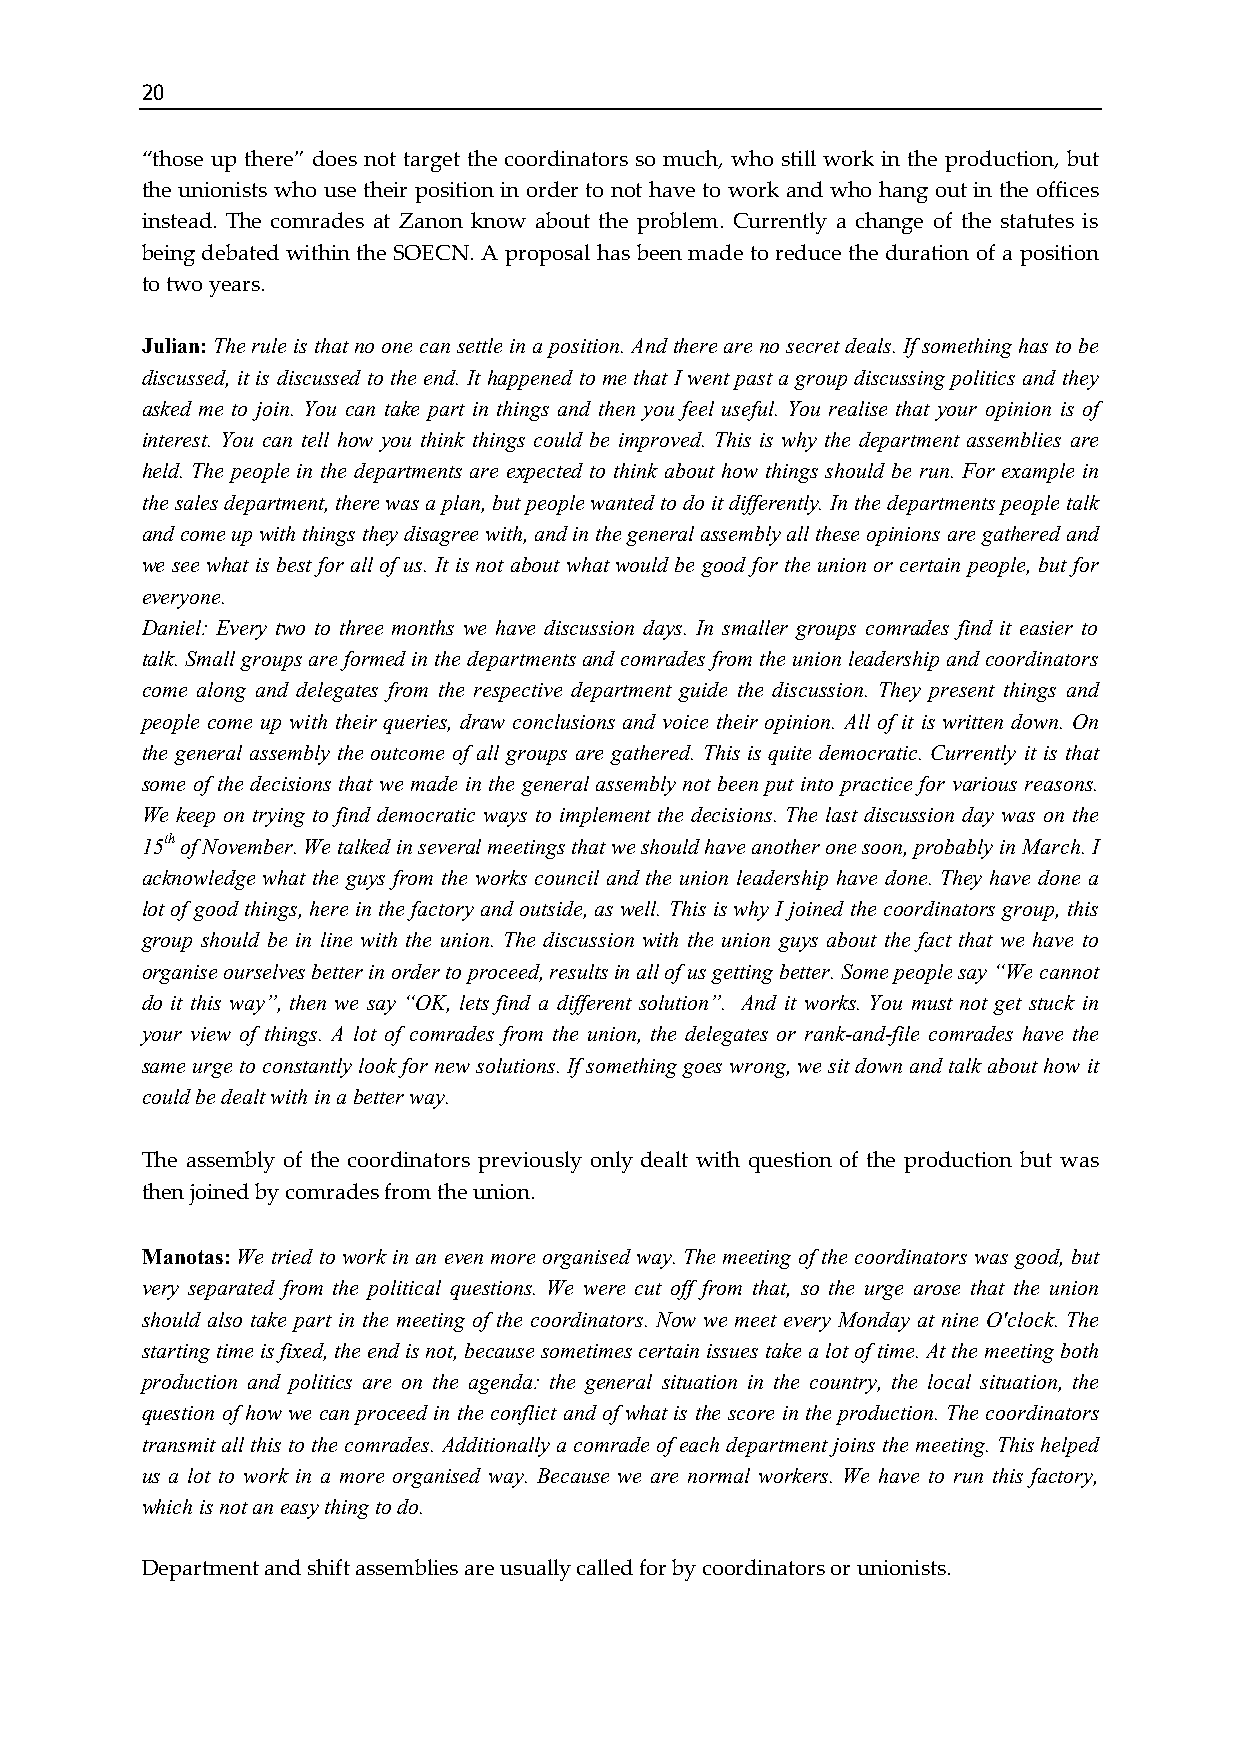
20
 “those up there” does not target the coordinators so much, who still work in the production, but
 the unionists who use their position in order to not have to work and who hang out in the offices
 instead. The comrades at Zanon know about the problem. Currently a change of the statutes is
 being debated within the SOECN. A proposal has been made to reduce the duration of a position
 to two years.
 Julian: The rule is that no one can settle in a position. And there are no secret deals. If something has to be
 discussed, it is discussed to the end. It happened to me that I went past a group discussing politics and they
 asked me to join. You can take part in things and then you feel useful. You realise that your opinion is of
 interest. You can tell how you think things could be improved. This is why the department assemblies are
 held. The people in the departments are expected to think about how things should be run. For example in
 the sales department, there was a plan, but people wanted to do it differently. In the departments people talk
 and come up with things they disagree with, and in the general assembly all these opinions are gathered and
 we see what is best for all of us. It is not about what would be good for the union or certain people, but for
 everyone.
 Daniel: Every two to three months we have discussion days. In smaller groups comrades find it easier to
 talk. Small groups are formed in the departments and comrades from the union leadership and coordinators
 come along and delegates from the respective department guide the discussion. They present things and
 people come up with their queries, draw conclusions and voice their opinion. All of it is written down. On
 the general assembly the outcome of all groups are gathered. This is quite democratic. Currently it is that
 some of the decisions that we made in the general assembly not been put into practice for various reasons.
 We keep on trying to find democratic ways to implement the decisions. The last discussion day was on the
 15th of November. We talked in several meetings that we should have another one soon, probably in March. I
 acknowledge what the guys from the works council and the union leadership have done. They have done a
 lot of good things, here in the factory and outside, as well. This is why I joined the coordinators group, this
 group should be in line with the union. The discussion with the union guys about the fact that we have to
 organise ourselves better in order to proceed, results in all of us getting better. Some people say “We cannot
 do it this way”, then we say “OK, lets find a different solution”. And it works. You must not get stuck in
 your view of things. A lot of comrades from the union, the delegates or rank-and-file comrades have the
 same urge to constantly look for new solutions. If something goes wrong, we sit down and talk about how it
 could be dealt with in a better way.
 The assembly of the coordinators previously only dealt with question of the production but was
 then joined by comrades from the union.
 Manotas: We tried to work in an even more organised way. The meeting of the coordinators was good, but
 very separated from the political questions. We were cut off from that, so the urge arose that the union
 should also take part in the meeting of the coordinators. Now we meet every Monday at nine O'clock. The
 starting time is fixed, the end is not, because sometimes certain issues take a lot of time. At the meeting both
 production and politics are on the agenda: the general situation in the country, the local situation, the
 question of how we can proceed in the conflict and of what is the score in the production. The coordinators
 transmit all this to the comrades. Additionally a comrade of each department joins the meeting. This helped
 us a lot to work in a more organised way. Because we are normal workers. We have to run this factory,
 which is not an easy thing to do.
 Department and shift assemblies are usually called for by coordinators or unionists.